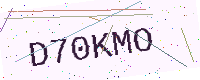
Text: D70KMO